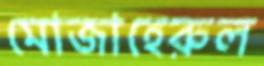
মোজাহেরুল